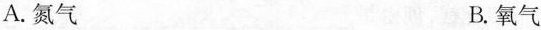
A. 氮气 B. 氧气